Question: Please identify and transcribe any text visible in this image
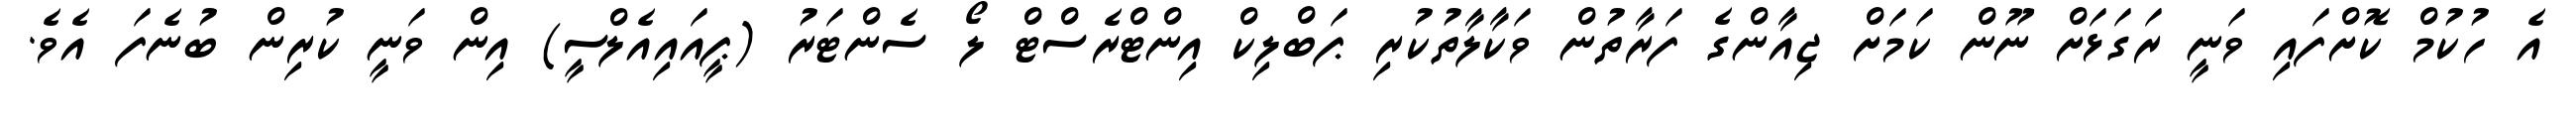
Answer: އެ ހުކުމް ކޮށްފައި ވަނީ ރަގަޅަށް ނޫން ކަމަށް ޖިއާންގެ ފަރާތުން ވަކާލާތުކުރި ޕަބްލިކް އިންޓްރެސްޓް ލޯ ސެންޓަރު (ޕީއައިއެލްސީ) އިން ވަނީ ކުރިން ބުނެފަ އެވެ.